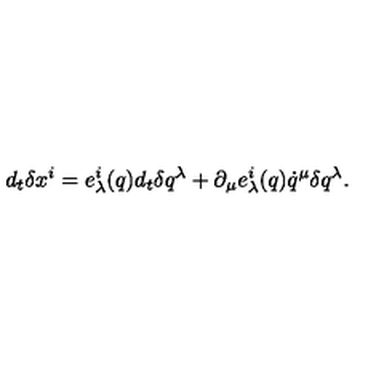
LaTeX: { d _ { t } } \delta x ^ { i } = e _ { \lambda } ^ { i } ( q ) d _ { t } \delta q ^ { \lambda } + \partial _ { \mu } e _ { \lambda } ^ { i } ( q ) \dot { q } ^ { \mu } \delta q ^ { \lambda } .